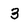
Character: 3